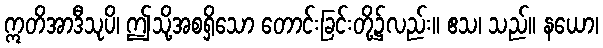
ဣတိအာဒီသုပိ၊ ဤသို့အစရှိသော တောင်းခြင်းတို့၌လည်း။ ဧသ၊ သည်။ နယော၊